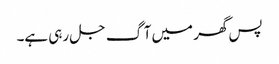
پس گھر میں آگ جل رہی ہے۔